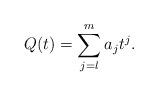
LaTeX: \begin{align*} Q (t) = \sum_{j=l}^m a_j t^j.\end{align*}